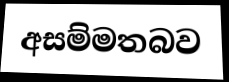
අසම්මතබව